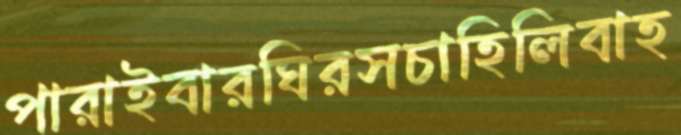
পারাইবারঘিরসচাহিলিবাহ